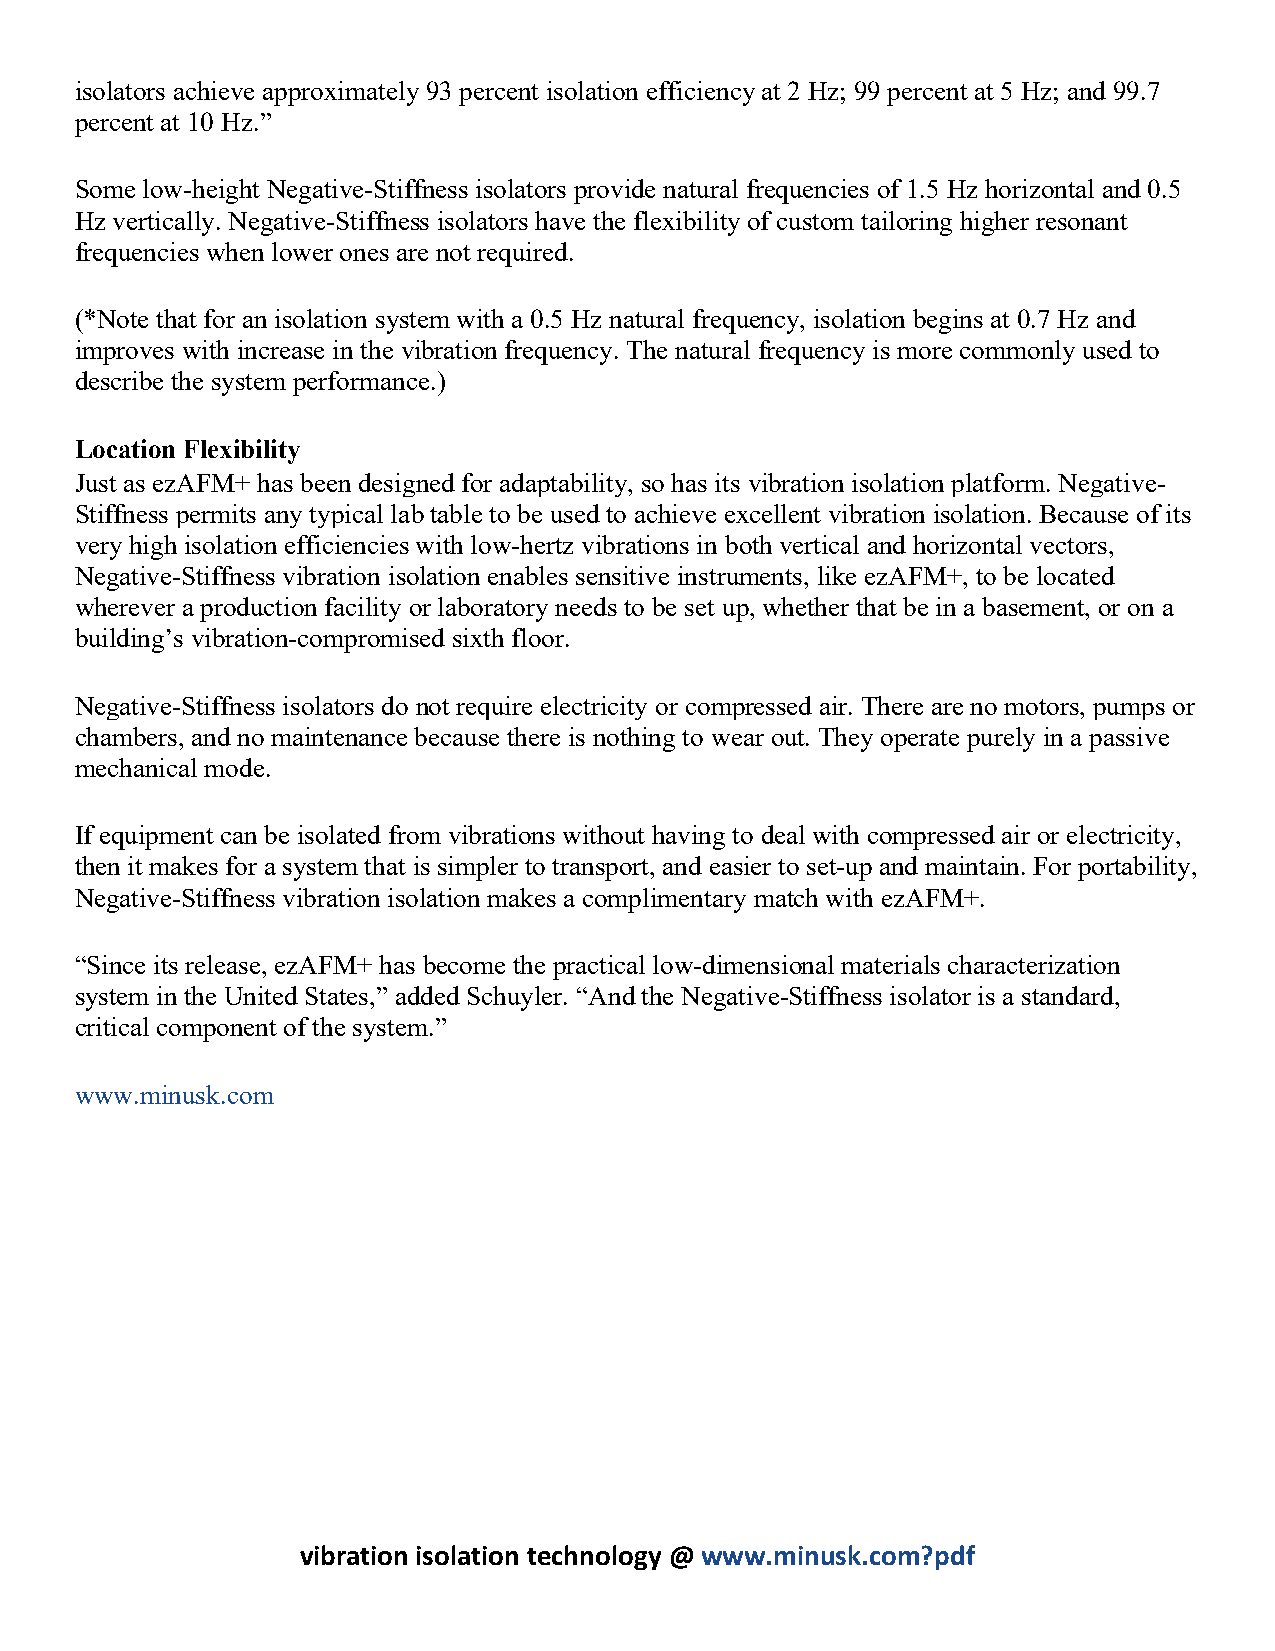
isolators achieve approximately 93 percent isolation efficiency at 2 Hz; 99 percent at 5 Hz; and 99.7
 percent at 10 Hz.”
 Some low-height Negative-Stiffness isolators provide natural frequencies of 1.5 Hz horizontal and 0.5
 Hz vertically. Negative-Stiffness isolators have the flexibility of custom tailoring higher resonant
 frequencies when lower ones are not required.
 (*Note that for an isolation system with a 0.5 Hz natural frequency, isolation begins at 0.7 Hz and
 improves with increase in the vibration frequency. The natural frequency is more commonly used to
 describe the system performance.)
 Location Flexibility
 Just as ezAFM+ has been designed for adaptability, so has its vibration isolation platform. Negative-
 Stiffness permits any typical lab table to be used to achieve excellent vibration isolation. Because of its
 very high isolation efficiencies with low-hertz vibrations in both vertical and horizontal vectors,
 Negative-Stiffness vibration isolation enables sensitive instruments, like ezAFM+, to be located
 wherever a production facility or laboratory needs to be set up, whether that be in a basement, or on a
 building’s vibration-compromised sixth floor.
 Negative-Stiffness isolators do not require electricity or compressed air. There are no motors, pumps or
 chambers, and no maintenance because there is nothing to wear out. They operate purely in a passive
 mechanical mode.
 If equipment can be isolated from vibrations without having to deal with compressed air or electricity,
 then it makes for a system that is simpler to transport, and easier to set-up and maintain. For portability,
 Negative-Stiffness vibration isolation makes a complimentary match with ezAFM+.
 “Since its release, ezAFM+ has become the practical low-dimensional materials characterization
 system in the United States,” added Schuyler. “And the Negative-Stiffness isolator is a standard,
 critical component of the system.”
 www.minusk.com
 vibration isolation technology @ www.minusk.com?pdf